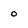
Character: 0